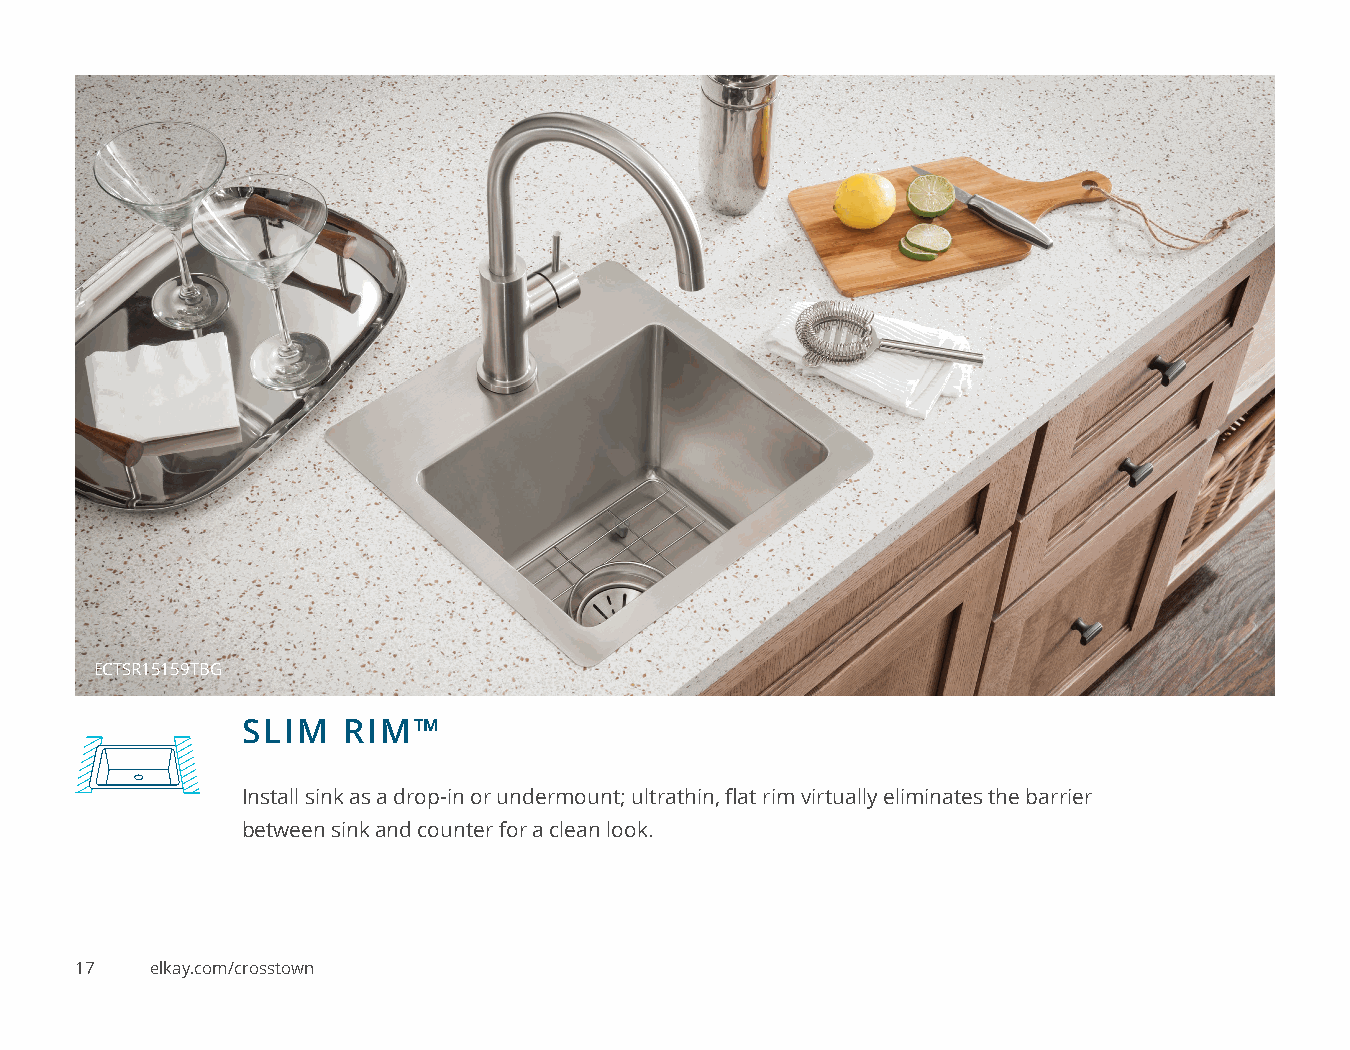
ECTSR15159TBG
 SLIM   RIM™
 Install sink as a drop-in or undermount; ultrathin, flat rim virtually eliminates the barrier
 between sink and counter for a clean look.
 17   elkay.com/crosstown